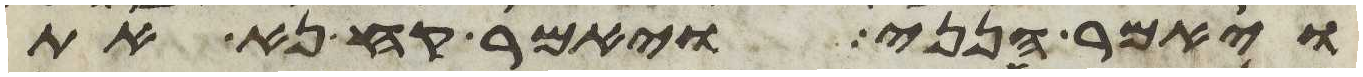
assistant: ויאמר הנני ויאמר קח נא את